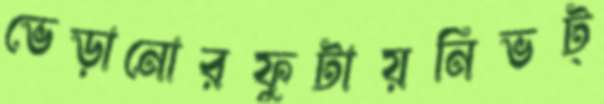
ভেড়ানোরফুটায়নিভট্